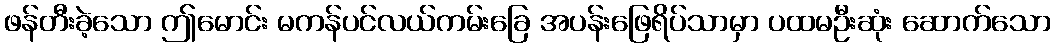
ဖန်တီးခဲ့သော ဤမောင်း မကန်ပင်လယ်ကမ်းခြေ အပန်းဖြေရိပ်သာမှာ ပထမဦးဆုံး ဆောက်သော